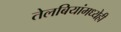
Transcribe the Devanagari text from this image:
तेलबियांमध्येही